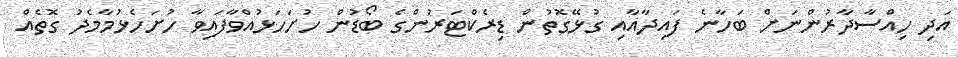
އަދި ހިއްސާދާރުންނަށް ބަހާނެ ފައިދާއާއި ގުޅޭގޮތުން ޑިރެކްޓަރުންގެ ބޯޑުން ހުށަހަޅުއްވާފައިވާ ހުށަހެޅުމާމެދު ގޮތެއް